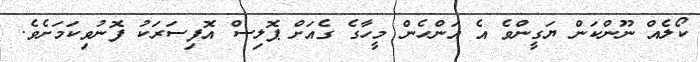
ކޯލެއް ނޫންކަން ޔަގީންވެ އެ އަންހެން މީހާގެ ގެއަށް ޕޮލިސް އޮފިސަރަކު ފޮނުވިކަމަށެވެ.